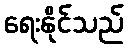
ရေးနိုင်သည်